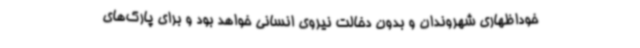
خوداظهاری شهروندان و بدون دخالت نیروی انسانی خواهد بود و برای پارک‌های